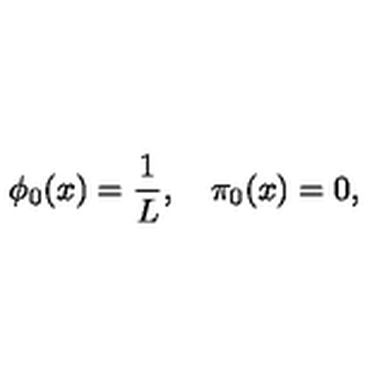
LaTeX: \phi _ { 0 } ( x ) = \displaystyle \frac { 1 } { L } , \quad \pi _ { 0 } ( x ) = 0 ,